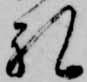
礼